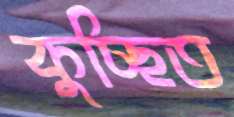
কুচ্ছিত